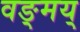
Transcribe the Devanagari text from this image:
वङ्मय्